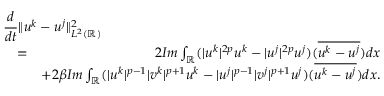
\begin{array} { r l r } { \lefteqn { \frac { d } { d t } \| u ^ { k } - u ^ { j } \| _ { L ^ { 2 } ( \mathbb { R } ) } ^ { 2 } } } \\ & { = } & { 2 I m \int _ { \mathbb { R } } ( | u ^ { k } | ^ { 2 p } u ^ { k } - | u ^ { j } | ^ { 2 p } u ^ { j } ) ( \overline { { u ^ { k } - u ^ { j } } } ) d x } \\ & { } & { + 2 \beta I m \int _ { \mathbb { R } } ( | u ^ { k } | ^ { p - 1 } | v ^ { k } | ^ { p + 1 } u ^ { k } - | u ^ { j } | ^ { p - 1 } | v ^ { j } | ^ { p + 1 } u ^ { j } ) ( \overline { { u ^ { k } - u ^ { j } } } ) d x . } \end{array}